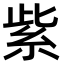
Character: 紫